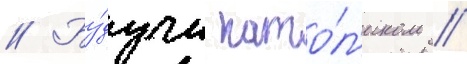
// Бу́дучи като́л'иком /